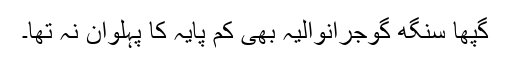
گپھا سنگھ گوجرانوالیہ بھی کم پایہ کا پہلوان نہ تھا۔